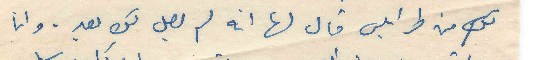
لكِ من طرابلس قال لها انه لم يصل لكِ بعد. وانا